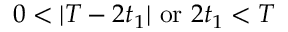
0 < | T - 2 t _ { 1 } | \ \mathrm { o r } \ 2 t _ { 1 } < T